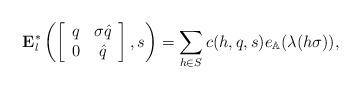
LaTeX: \begin{align*}\mathbf{E}_l^{\ast}\left(\left[\begin{array}{cc}q & \sigma\hat{q}\\0 & \hat{q}\end{array}\right],s\right)=\sum_{h\in S}c(h,q,s)e_{\mathbb{A}}(\lambda(h\sigma)),\end{align*}